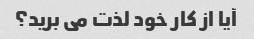
آیا از کار خود لذت می برید؟